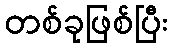
တစ်ခုဖြစ်ပြီး